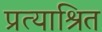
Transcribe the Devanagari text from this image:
प्रत्याश्रित